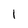
Character: 1